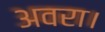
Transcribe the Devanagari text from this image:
अवरा।